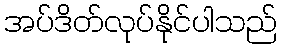
အပ်ဒိတ်လုပ်နိုင်ပါသည်